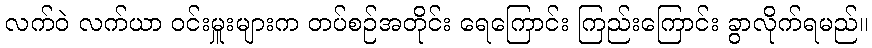
လက်ဝဲ လက်ယာ ဝင်းမှူးများက တပ်စဉ်အတိုင်း ရေကြောင်း ကြည်းကြောင်း ခွာလိုက်ရမည်။